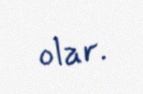
olar.